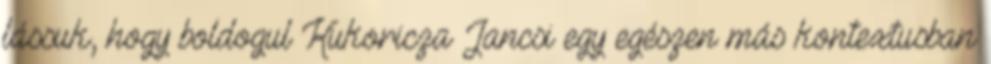
lássuk, hogy boldogul Kukoricza Jancsi egy egészen más kontextusban